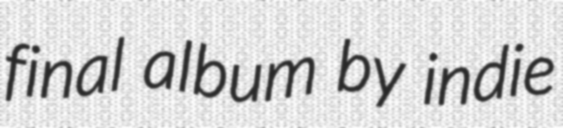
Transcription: final album by indie